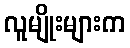
လူမျိုးများက